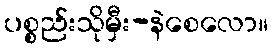
ပစ္စည်းသိုမှီး-နဲစေလော။